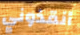
أنقذوني